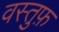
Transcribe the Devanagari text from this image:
वस्तुफ़